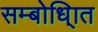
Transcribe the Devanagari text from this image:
सम्बोधि्ात